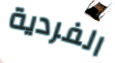
الفردية